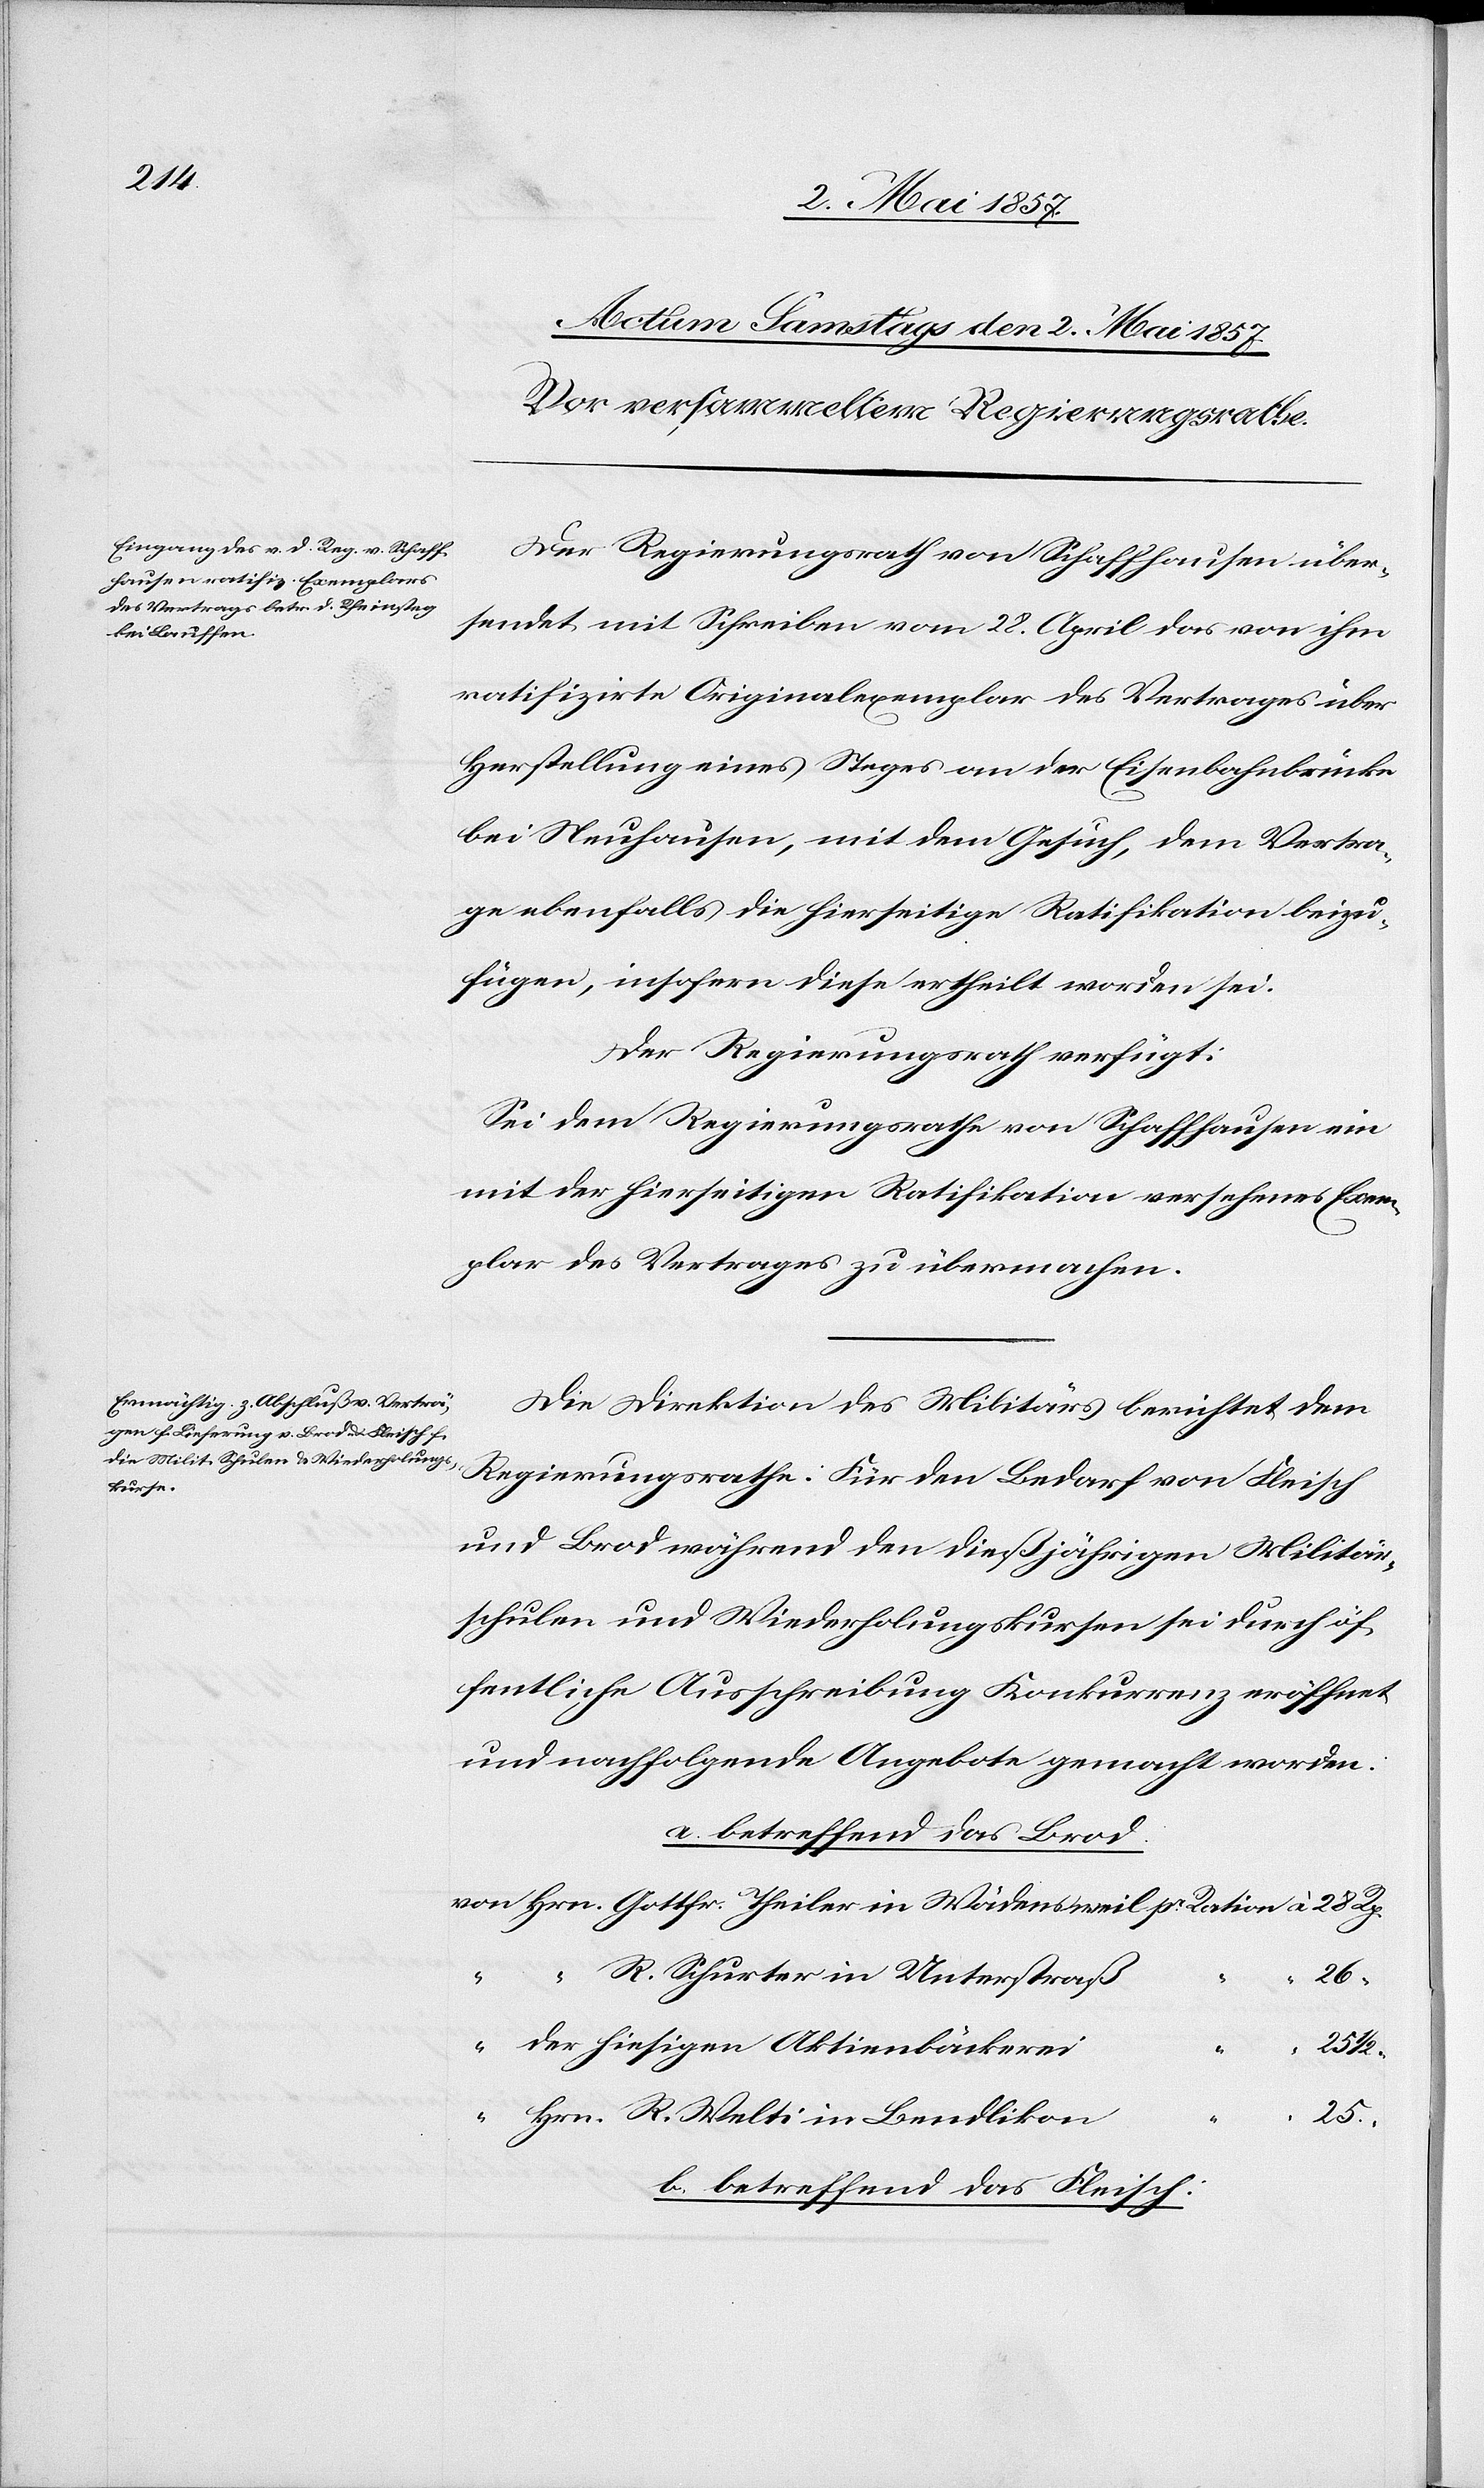
Der Regierungsrath von Schaffhausen über¬
sendet mit Schreiben vom 28 April das von ihm
ratifizirte Originalexemplar des Vertrages über
Herstellung eines Steges an der Eisenbahnbrücke
bei Neuhausen, mit dem Gesuch, dem Vertra¬
ge ebenfalls die hierseitige Ratifikation beizu¬
fügen, insofern diese ertheilt worden sei.
Die Direktion des Militärs berichtet dem
Regierungsrathe. Für den Bedarf von Fleisch
und Brod während den dießjährigen Militär¬
schulen und Wiederholungskursen sei durch öf¬
fentliche Ausschreibung Konkurrenz eröffnet
und nachfolgende Angebote gemacht worden.
a. betreffend das Brod.
von Hrn. Gottfr. Theiler in Wädensweil pr. Ration à 28 Rp.
R. Schurter in Unterstraß
“
25
“
“ der hiesigen Aktienbäckerei
“ “
“ Hrn R. Welti in Bendlikon
25
b. betreffend das Fleisch: